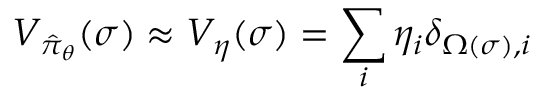
V _ { \hat { \pi } _ { \boldsymbol { \theta } } } ( \sigma ) \approx V _ { \boldsymbol { \eta } } ( \sigma ) = \sum _ { i } \eta _ { i } \delta _ { \Omega ( \sigma ) , i }